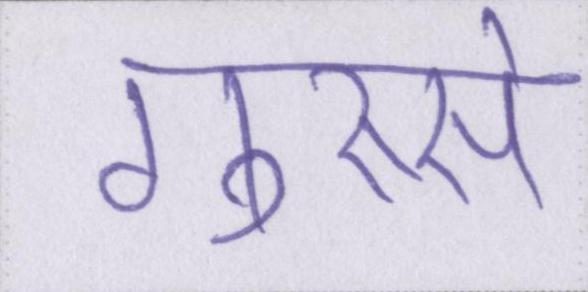
गुस्से